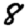
Digit: 8